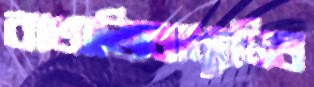
বাঙালিঅধ্যুষিত